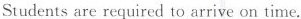
Studentsare required to arrive on time.